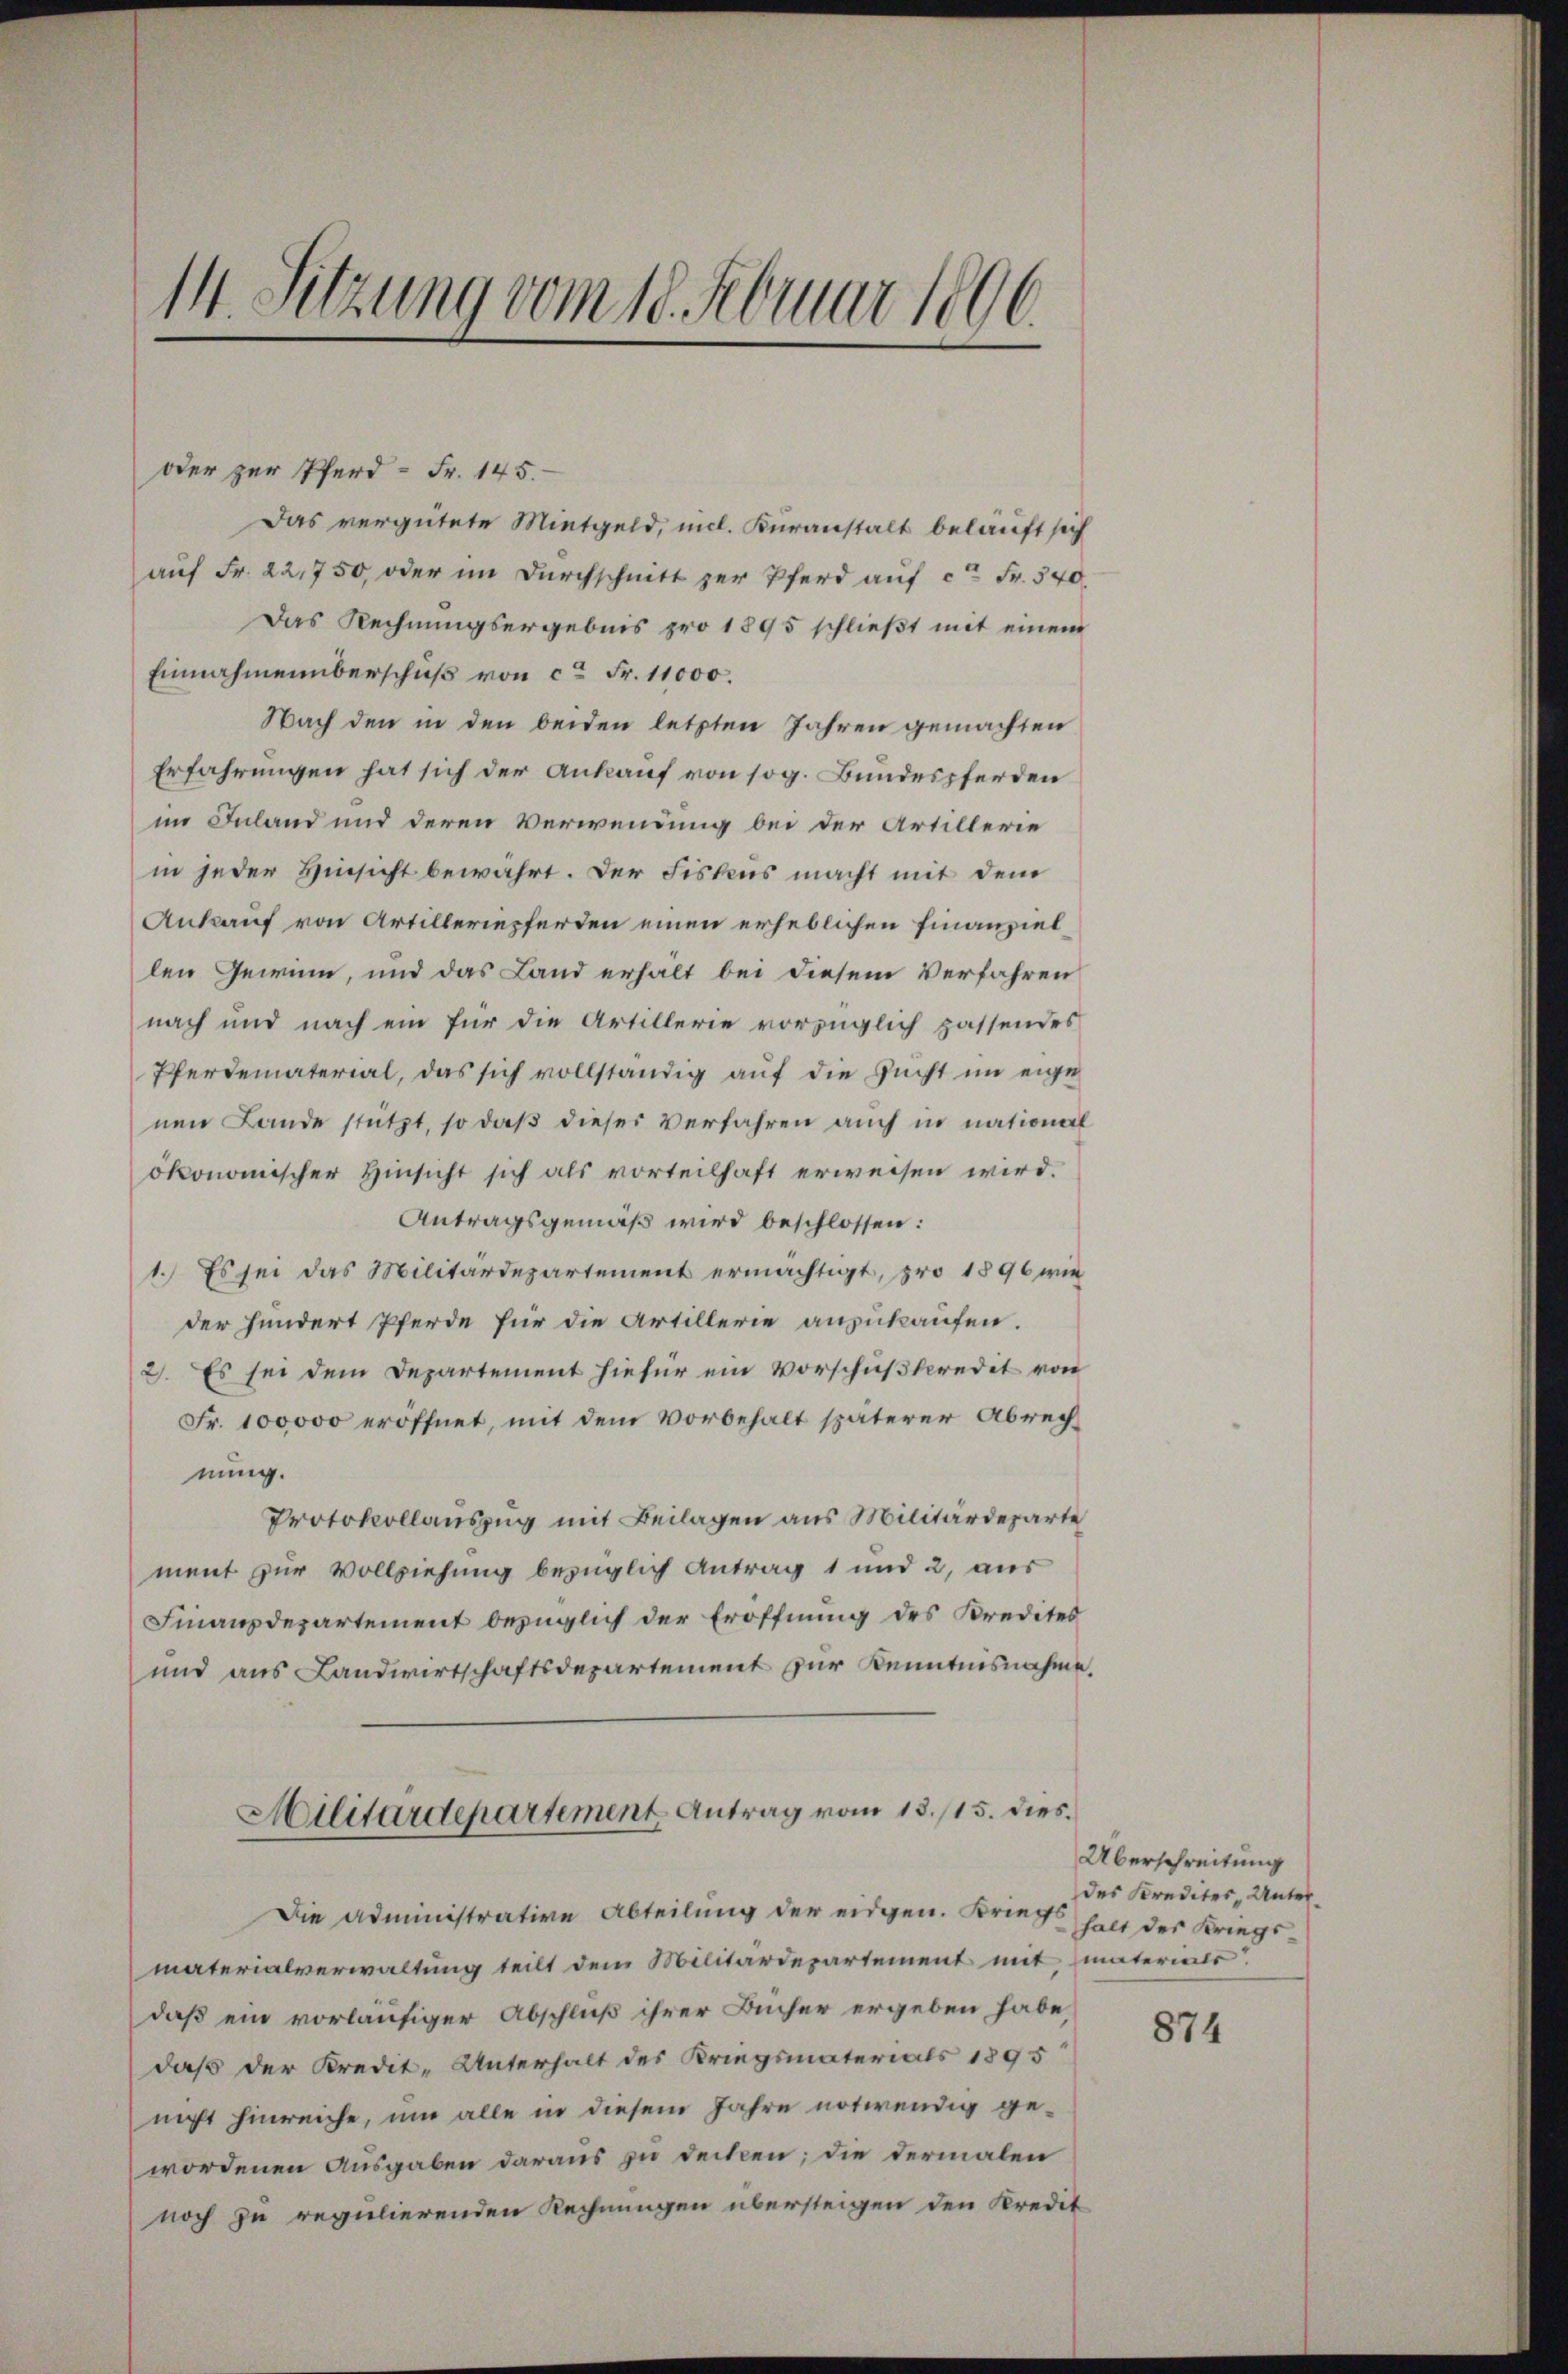
14. Sitzung vom 18. Februar 1896.

oder zur Pferd - Fr. 145.
Das vergütete Mietgeld, mich. Kuranstalt beläuft sich
auf Fr. 22,750, oder im Durchschnitt zur Pferd auf ca Fr. 340
Das Rechnungsergebnis pro 1895 schließt mit einem
Einnahmenüberschuß von ca Fr. 11000.
Nach den in den beiden letzten Jahren gemachten
Erfahrungen hat sich der Ankauf von sog. Bundespferden
im Inland und deren Verwendung bei der Artillerie
in jeder Hinsicht bewahrt. Der Fiskus macht mit dem
Ankauf von Artilleriepferden einen erheblichen Finanziellen Gewinn, und das Land erhält bei diesem Verfahren
nach und nach ein für die Artillerie vorzüglich passendes
Pferdematerial, das sich vollständig auf die Sucht im eige
nen Lande stützt, so daβ dieser Verfahren auch in national
ökonomischer Hinsicht sich als vorteilhaft erweisen wird.
Antragsgemäß wird beschlossen:
1.) Es sei das Militärdepartement ermächtigt, pro 1896 wie
der hundert Pferde für die Artillerie anzukaufen.
2). Es sei dem Departement hiefür ein Vorschußkeredit von
Fr. 100000 eröffnet, mit dem Vorbehalt späterer Abrechnung.
Protokollauszug mit Beilagen aus Militärdeparte
ment zur Vollziehung bezüglich Antrag 1 und 2, aus
Finanzdepartement bezüglich der Eröffnung des Kredites
und aus Landwirtschaftsdepartement zur Kenntnisnahme.
Militärdepartement Antrag vom 13. 115. dies
Die Administrative Abteilung der eidgen. Kriegs halt der Kriegsmaterialverwaltung teilt dem Militärdepartement mit materials.
daß ein vorläufiger Abschluß ihrer Bücher ergeben habe
daß der Kredit- Unterhalt des Kriegsmaterials 1895
nicht hinreiche, um alle in diesem Jahre notwendig gewordenen Ausgaben daraus zu decken; die dermalen
noch zu regulierenden Rechnungen übersteigen den Kredit

Überschreitung
des Krediter Unter¬

874